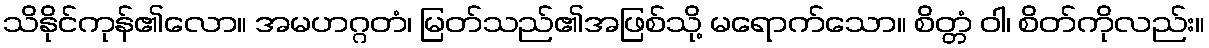
သိနိုင်ကုန်၏လော။ အမဟဂ္ဂတံ၊ မြတ်သည်၏အဖြစ်သို့ မရောက်သော။ စိတ္တံ ဝါ၊ စိတ်ကိုလည်း။